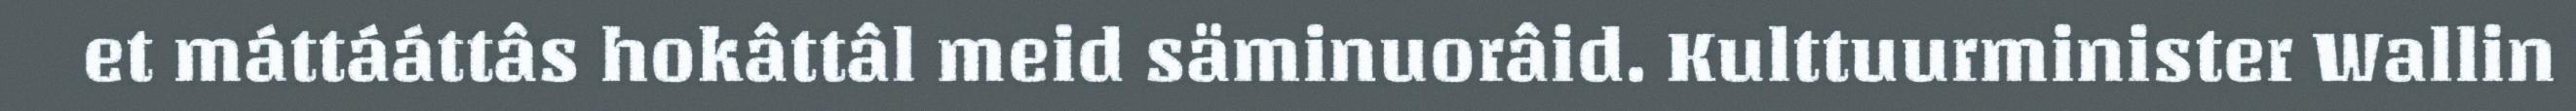
et máttááttâs hokâttâl meid säminuorâid. Kulttuurminister Wallin